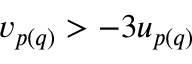
v _ { p ( q ) } > - 3 u _ { p ( q ) }